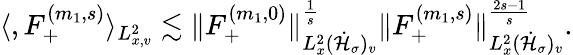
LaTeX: \begin{array}{r}{\langle,F_{+}^{(m_{1},s)}\rangle_{L_{x,v}^{2}}\lesssim\| F_{+}^{(m_{1},0)}\| _{L_{x}^{2}(\dot{\mathcal H}_{\sigma})_{v}}^{\frac{1}{s}}\| F_{+}^{(m_{1},s)}\| _{L_{x}^{2}(\dot{\mathcal H}_{\sigma})_{v}}^{\frac{2s-1}{s}}.}\end{array}